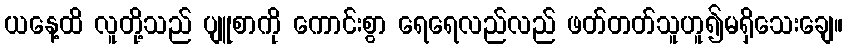
ယနေ့ထိ လူတို့သည် ပျူစာကို ကောင်းစွာ ရေရေလည်လည် ဖတ်တတ်သူဟူ၍မရှိသေးချေ။